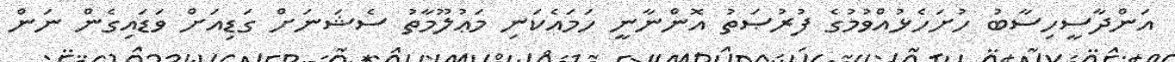
އަންދާސީހިސާބު ހުށަހެޅުއްވުމުގެ ފުރުޞަތު އޮންނާނީ ހަމައެކަނި މަޢުލޫމާތު ސެޝަނަށް ގަޑިއަށް ވަޑައިގެން ނަން